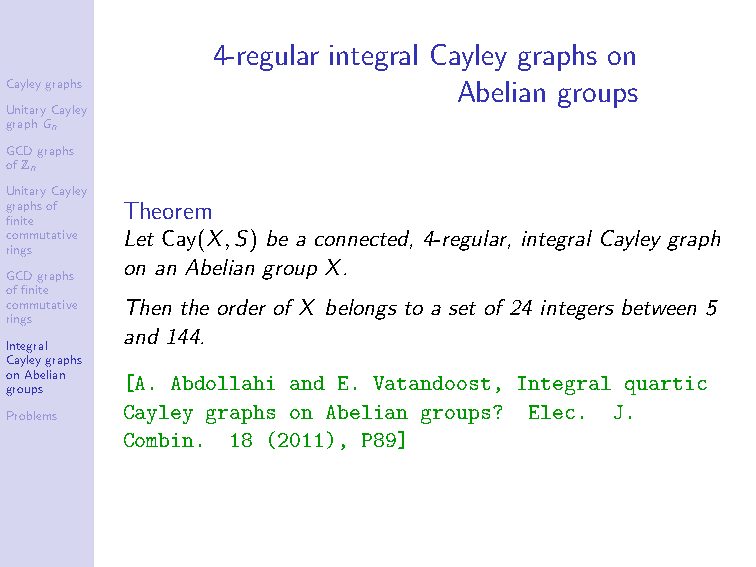
4-regular integral Cayley graphs on
 Cayleygraphs                  Abelian groups
 UnitaryCayley
 graphGn
 GCDgraphs
 ofZn
 UnitaryCayley
 graphsof Theorem
 finite
 commutative Let Cay(X,S) be a connected, 4-regular, integral Cayley graph
 rings
 on an Abelian group X.
 GCDgraphs
 offinite
 commutative Then the order of X belongs to a set of 24 integers between 5
 rings
 and 144.
 Integral
 Cayleygraphs
 onAbelian [A. Abdollahi and E. Vatandoost, Integral quartic
 groups
 Cayley graphs on Abelian groups? Elec. J.
 Problems
 Combin. 18 (2011), P89]